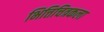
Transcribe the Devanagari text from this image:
भित्तिचित्रकला